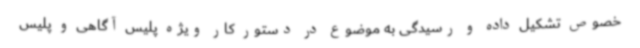
خصوص تشکیل داده و رسیدگی به موضوع در دستور کار ویژه پلیس آگاهی و پلیس